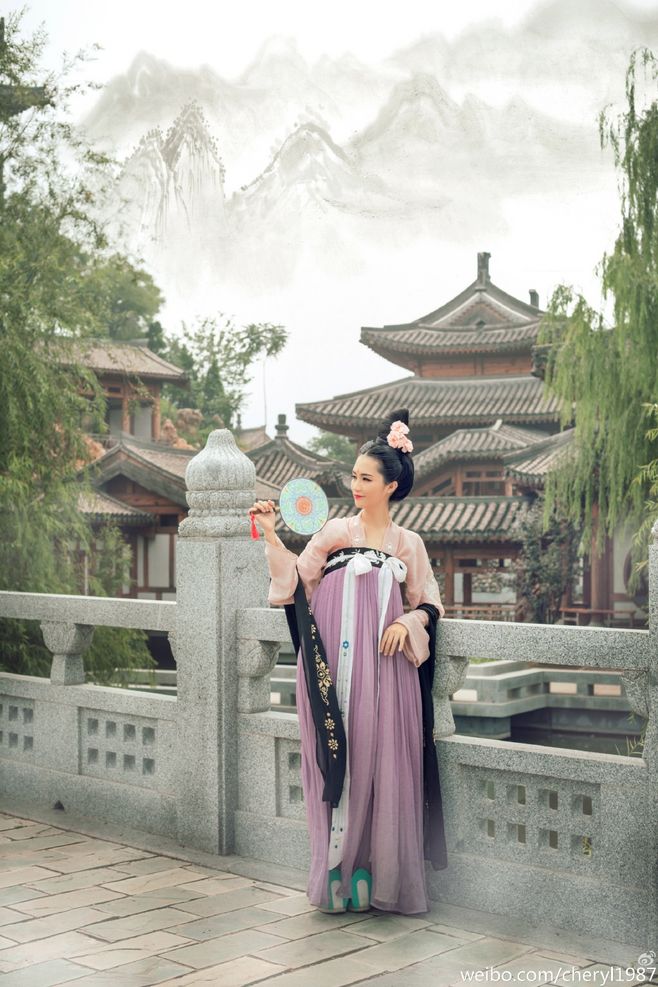
春山暖日和风，阑干楼阁帘栊，杨柳秋千院中。